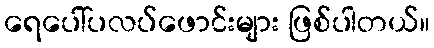
ရေပေါ်ပလပ်ဖောင်းများ ဖြစ်ပါတယ်။